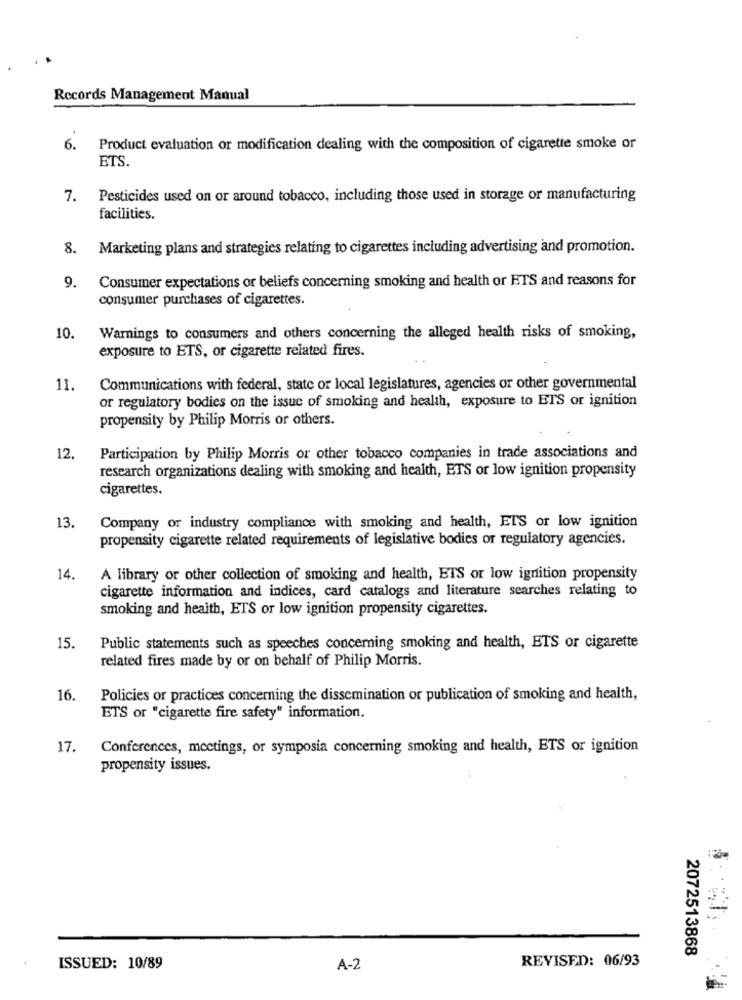
Records Management Manual
6.
Product evaluation or modification dealing with the composition of cigarette smoke or
ETS.
7.
Pesticides used on or around tobacco, including those used in storage or manufacturing
facilities.
8.
Marketing plans and strategies relating to cigarettes including advertising and promotion.
9.
Consumer expectations or beliefs concerning smoking and health or ETS and reasons for
consumer purchases of cigarettes.
10.
Warnings to consumers and others concerning the alleged health risks of smoking,
exposure to ETS, or cigarette related fires.
11.
Communications with federal, state or local legislatures, agencies or other governmental
or regulatory bodies on the issue of smoking and health, exposure to ETS or ignition
propensity by Philip Morris or others.
12.
Participation by Philip Morris or other tobacco companies in trade associations and
research organizations dealing with smoking and health, ETS or low ignition propensity
cigarettes.
13.
Company or industry compliance with smoking and health, ETS or low ignition
propensity cigarette related requirements of legislative bodies or regulatory agencies.
14.
A library or other collection of smoking and health, ETS or low ignition propensity
cigarette information and indices, card catalogs and literature searches relating to
smoking and health, ETS or low ignition propensity cigarettes.
15.
Public statements such as speeches concerning smoking and health, ETS or cigarette
related fires made by or on behalf of Philip Morris.
16.
Policies or practices concerning the dissemination or publication of smoking and health,
ETS or "cigarette fire safety" information.
17.
Conferences, meetings, or symposia concerning smoking and health, ETS or ignition
propensity issues.
2072513868
REVISED: 06/93
ISSUED: 10/89
A-2